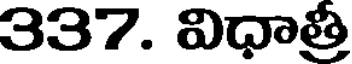
337. విధాత్రీ